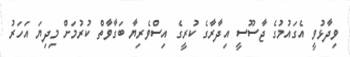
ވިދާޅުވީ އެގައުމުގެ ޖާސޫސީ އިދާރާގެ ކުރީގެ އިސްވެރިޔާ ބަގާވާތް ކުރުމަށް މިދިޔަ އަހަރު